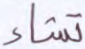
تشاء